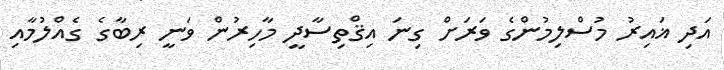
އަދި ޣައިރު މުސްލިމުންގެ ވަރަށް ގިނަ އިޤްތިސާދީ މާހިރުން ވަނީ ރިބާގެ ގެއްލުމާއި